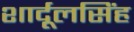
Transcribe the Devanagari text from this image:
शार्दूलसिंह